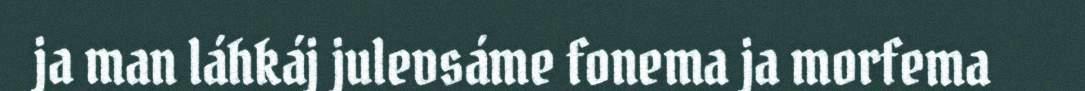
ja man láhkáj julevsáme fonema ja morfema